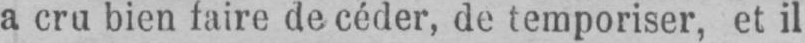
a cru bien faire de céder, de temporiser, et il